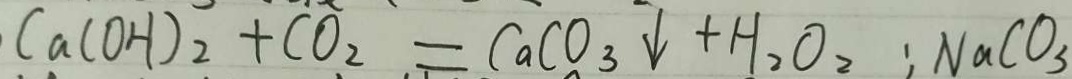
C a ( O H ) _ { 2 } + C O _ { 2 } = C a C O _ { 3 } \downarrow + H _ { 2 } O _ { 2 } ; N a C O _ { 3 }